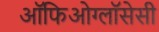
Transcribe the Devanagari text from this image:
ऑफिओग्लॉसेसी